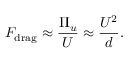
F _ { \mathrm { d r a g } } \approx \frac { \Pi _ { u } } { U } \approx \frac { U ^ { 2 } } { d } .